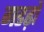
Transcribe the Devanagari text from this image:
गडढ़ो